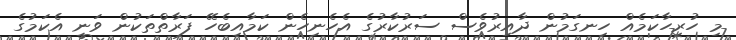
މި ހުރިހާކަމެއް ހިނގަމުން ދާއިރުވެސް ސަރުކާރުގެ އެހެނިހެން ކަމާއިބެހޭ ފަރާތްތަކުން ވަނީ އެކަމުގެ